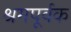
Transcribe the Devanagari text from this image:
श्रमपूर्वक